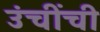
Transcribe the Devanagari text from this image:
उंचींची